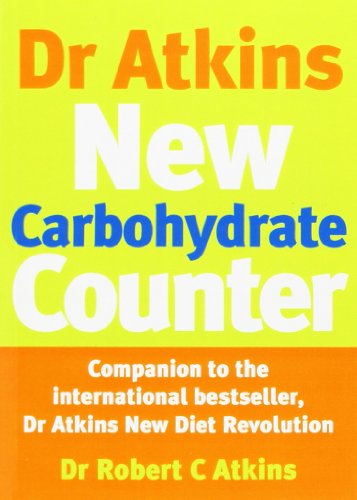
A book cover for Dr Atkins Carbohydrate Counter; Robert C. Atkins; Health, Fitness & Dieting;